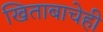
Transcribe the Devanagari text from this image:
खिताबाचेही